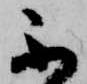
不